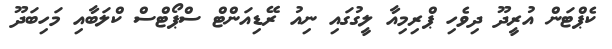
ކެޕްޓަން އުރީދޫ ދިވެހި ޕްރިމިއާ ލީގުގައި ނިއު ރޭޑިއަންޓް ސްޕޯޓްސް ކްލަބާއި މަހިބަދޫ